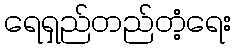
ရေရှည်တည်တံ့ရေး